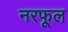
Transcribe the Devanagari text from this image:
नरफूल